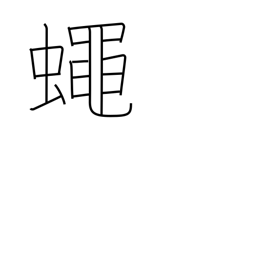
Meaning: fly